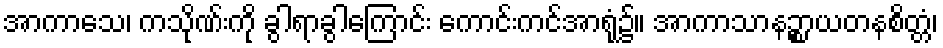
အာကာသေ၊ ကသိုဏ်းကို ခွါရာခွါကြောင်း ကောင်းကင်အာရုံ၌။ အာကာသာနဉ္စာယတနစိတ္တံ၊